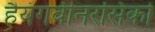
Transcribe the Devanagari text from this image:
हैयंगवीनरसिको